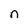
Character: n